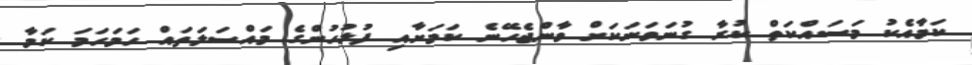
ކަމާއެކު މަސައްކަތް ކުރާ ގުނަވަނަކަށް ވާންޖެހޭނެ ކަމަށާއި ފުލުހުންގެ މައްސަލަތައް ހަމަހަމަ ކަމާ